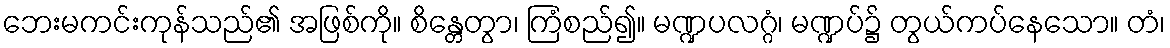
ဘေးမကင်းကုန်သည်၏ အဖြစ်ကို။ စိန္တေတွာ၊ ကြံစည်၍။ မဏ္ဍပလဂ္ဂံ၊ မဏ္ဍပ်၌ တွယ်ကပ်နေသော။ တံ၊